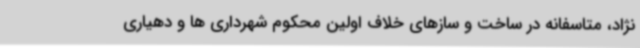
نژاد، متاسفانه در ساخت و سازهای خلاف اولین محکوم شهرداری ها و دهیاری